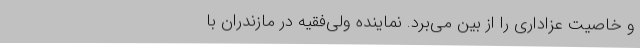
و خاصیت عزاداری را از بین می‌برد. نماینده ولی‌فقیه در مازندران با